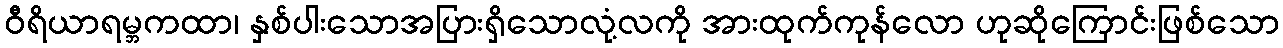
ဝီရိယာရမ္ဘကထာ၊ နှစ်ပါးသောအပြားရှိသောလုံ့လကို အားထုက်ကုန်လော ဟုဆိုကြောင်းဖြစ်သော